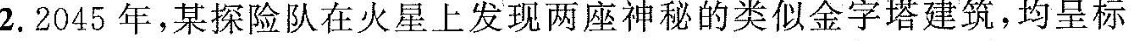
2.2045年,某探险队在火星上发现两座神秘的类似金字塔建筑，均呈标